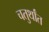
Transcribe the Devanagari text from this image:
चतुर्थांत